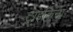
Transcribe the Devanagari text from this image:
ट्राइकिना